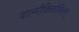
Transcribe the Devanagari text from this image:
वाल्मीकिकोकिलम्‌